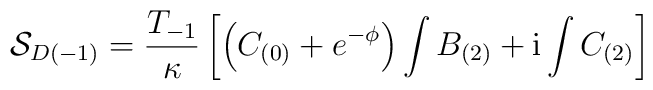
{\cal S}_{D(-1)} =  \frac{T_{-1}}{\kappa} \left[ \left( C_{(0)} +e^{-\phi}\right) \int B_{(2)} + {\rm i} \int C_{(2)}  \right]